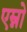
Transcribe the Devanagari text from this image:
एम्नो